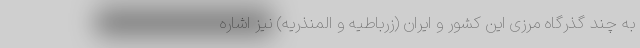
به چند گذرگاه مرزی این کشور و ایران (زرباطیه و المنذریه) نیز اشاره